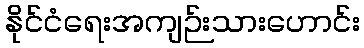
နိုင်ငံရေးအကျဉ်းသားဟောင်း